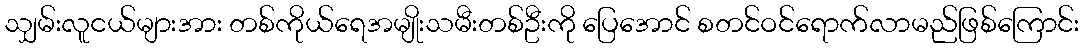
သျှမ်းလူငယ်များအား တစ်ကိုယ်ရေအမျိုးသမီးတစ်ဦးကို ပြေအောင် စတင်ဝင်ရောက်လာမည်ဖြစ်ကြောင်း